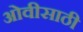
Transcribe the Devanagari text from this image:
ओवीसाठी